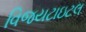
વિજયટાઇટલ